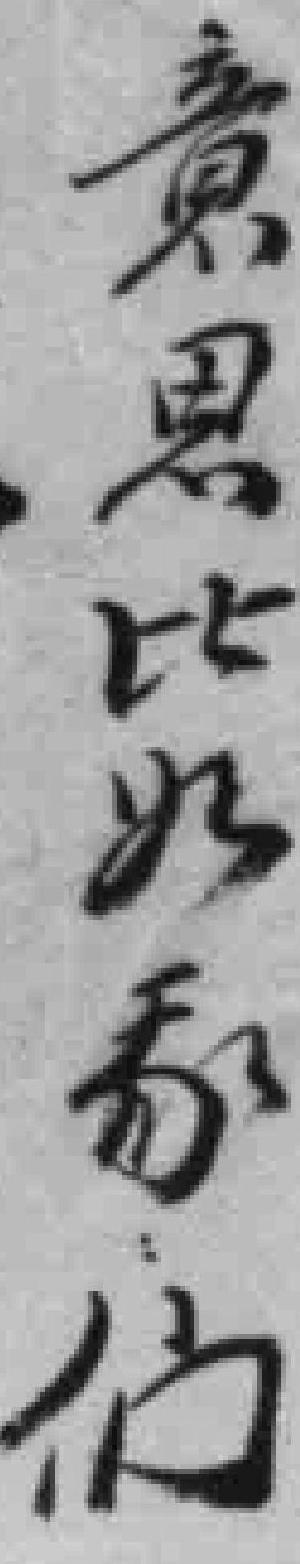
意思比如*们